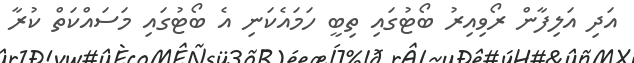
އަދި އަލިފާން ރޯވިއިރު ބޯޓުގައި ތިބީ ހަމައެކަނި އެ ބޯޓުގައި މަސައްކަތް ކުރާ